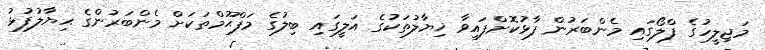
މަޖިލީހުގެ ފްލޯގައި މެންބަރުން ފާޅުކޮށްފައިވާ ޚިޔާލުތަކުގެ އަލީގައި ބިލުގެ މަފްޙޫމްތަކަށް މެންބަރުންގެ ޙިޔާލުފުޅު